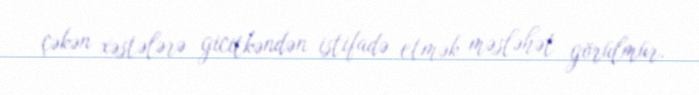
çəkən xəstələrə gicitkəndən istifadə etmək məsləhət görülmür.